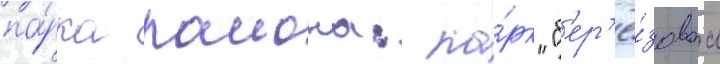
па́рка раиона: па́рк "б'ер'ё́зоваа